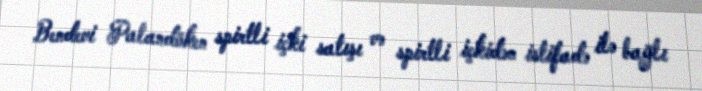
Bendevi Palandöken spirtli içki satışı və spirtli içkidən istifadə ilə bağlı